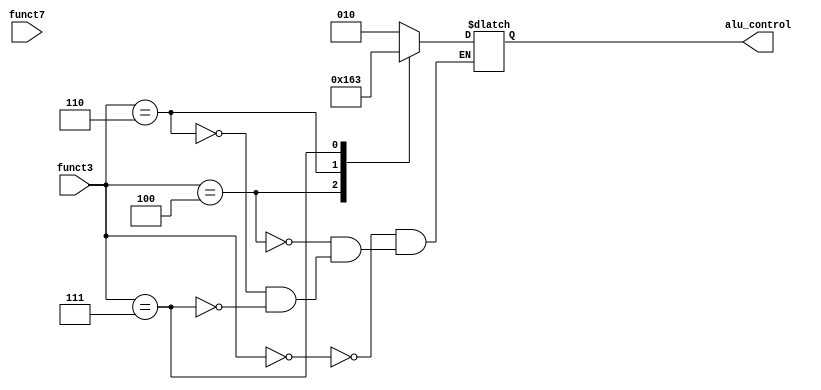
`timescale 1ns / 1ps
//////////////////////////////////////////////////////////////////////////////////
// Company: 
// Engineer: 
// 
// Design Name: 
// Module Name:    cpu_alu_control 
// Project Name: 
// Target Devices: 
// Tool versions: 
// Description: 
//
// Dependencies: 
//
// Revision: 
// Revision 0.01 - File Created
// Additional Comments: 
//
//////////////////////////////////////////////////////////////////////////////////
module cpu_alu_control( 
input [6:0] funct7, 
input [2:0] funct3, 

output reg [2:0] alu_control
);




localparam ADD = 3'b001;
localparam SLT  = 3'b010;
localparam AND = 3'b011;
localparam OR   = 3'b100;
localparam XOR = 3'b101;
localparam SHIFT = 3'b110;


initial begin

alu_control = 0 ; // initialization to 0

end 

	always @ (*) begin

		case(funct3) 

			3'b000 : begin     //  add , sub ,   (using funct7)        //     
				// add , sub, sb, addi, lb, jalr, beq, fence, ecall, ebreak
				if(7'b0000000) begin 
				alu_control <=  ADD;
				end
				
				else begin 
				alu_control <= SLT;
				end 
			end 

			3'b001 : begin      // sll
				// bne, lh, sh, slli, sll, csrrw, fencei
				if(7'b0000000) begin 
				alu_control <=  SHIFT;
				end
			end 

			3'b010 : begin     // slt    set less than 
				//  lw , sw, slti, slt, csrrs, 
			end 

			3'b011 : begin     // sltu
				// sltu, csrrc, sltiu, 
			end 

			3'b100 : begin     // xor
				// blt, lbu, xori, xor, 
				alu_control <= XOR;
			end 

			3'b101 : begin    // srl
				// bge, lhu, srli, srai, srl, sra, csrrwi, 
				
			end 

			3'b110 : begin    // or
				// blt, or, ori, csrrsi, 
				alu_control <= OR;
			end 

			3'b111 : begin    // and 
				// bgeu, andi, and, csrrci,
				alu_control <= AND;
			end 

		endcase

	end 

endmodule